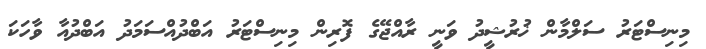
މިނިސްޓަރު ސަލްމާން ޚުރުޝީދު ވަނީ ރާއްޖޭގެ ފޮރިން މިނިސްޓަރު އަބްދުއްސަމަދު އަބްދުއާ ވާހަކަ